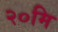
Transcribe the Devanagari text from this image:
२०मि